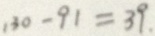
1 3 0 - 9 1 = 3 9 .